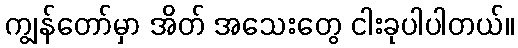
ကျွန်တော်မှာ အိတ် အသေးတွေ ငါးခုပါပါတယ်။